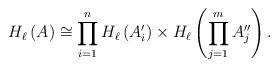
LaTeX: \begin{align*}H_\ell \left( A \right) \cong \prod_{i=1}^n H_\ell\left( A'_i\right) \times H_\ell\left( \prod_{j=1}^m A''_j \right).\end{align*}